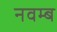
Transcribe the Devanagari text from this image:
नवम्ब